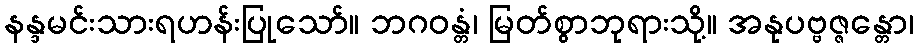
နန္ဒမင်းသားရဟန်းပြုသော်။ ဘဂဝန္တံ၊ မြတ်စွာဘုရားသို့။ အနုပဗ္ဗဇ္ဇန္တော၊